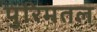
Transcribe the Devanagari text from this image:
पुरिमतल